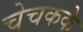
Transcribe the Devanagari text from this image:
चेचकके